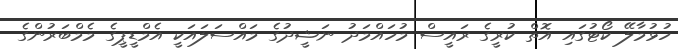
ހުޅުމާލޭ ކޯޓުގައި އޮތް ކުރީގެ ރައީސް މުހައްމަދު ނަޝީދުގެ މައްސަލައަކީ އެމްޑީޕީގެ މެމްބަރުންގެ